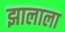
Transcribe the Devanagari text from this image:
झालाला